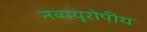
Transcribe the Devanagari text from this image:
नव्ययूरोपीय